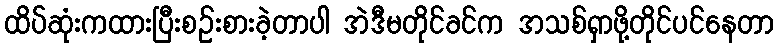
ထိပ်ဆုံးကထားပြီးစဉ်းစားခဲ့တာပါ အဲဒီမတိုင်ခင်က အသစ်ရှာဖို့တိုင်ပင်နေတာ